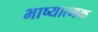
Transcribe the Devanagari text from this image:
भाष्यात्मक